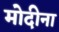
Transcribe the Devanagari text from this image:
मोदीना